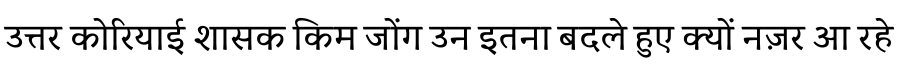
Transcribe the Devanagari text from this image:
उत्तर कोरियाई शासक किम जोंग उन इतना बदले हुए क्यों नज़र आ रहे